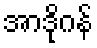
အာဒိုဂန်